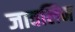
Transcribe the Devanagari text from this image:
जावलिन